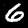
Digit: 6